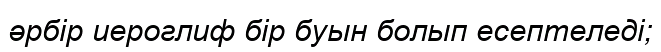
әрбір иероглиф бір буын болып есептеледі;